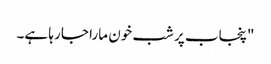
"پنجاب پر شب خون مارا جا رہا ہے۔